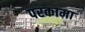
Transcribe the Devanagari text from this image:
परकामा